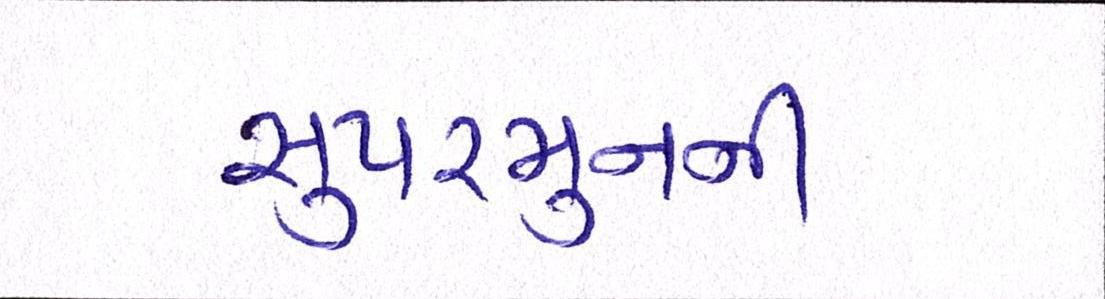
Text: સુપરમુનની